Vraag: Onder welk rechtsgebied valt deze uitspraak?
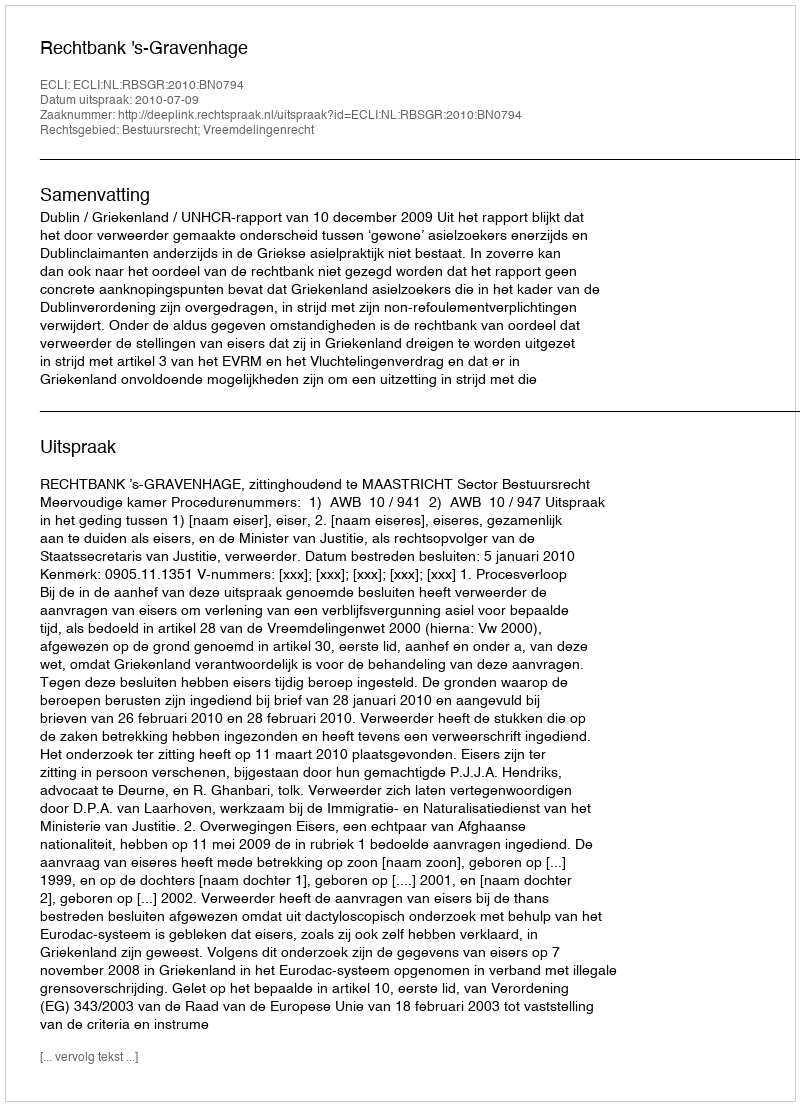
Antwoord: Bestuursrecht; Vreemdelingenrecht